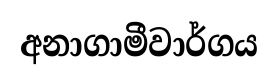
අනාගාමීවාර්ගය